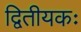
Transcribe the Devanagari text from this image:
द्वितीयकः